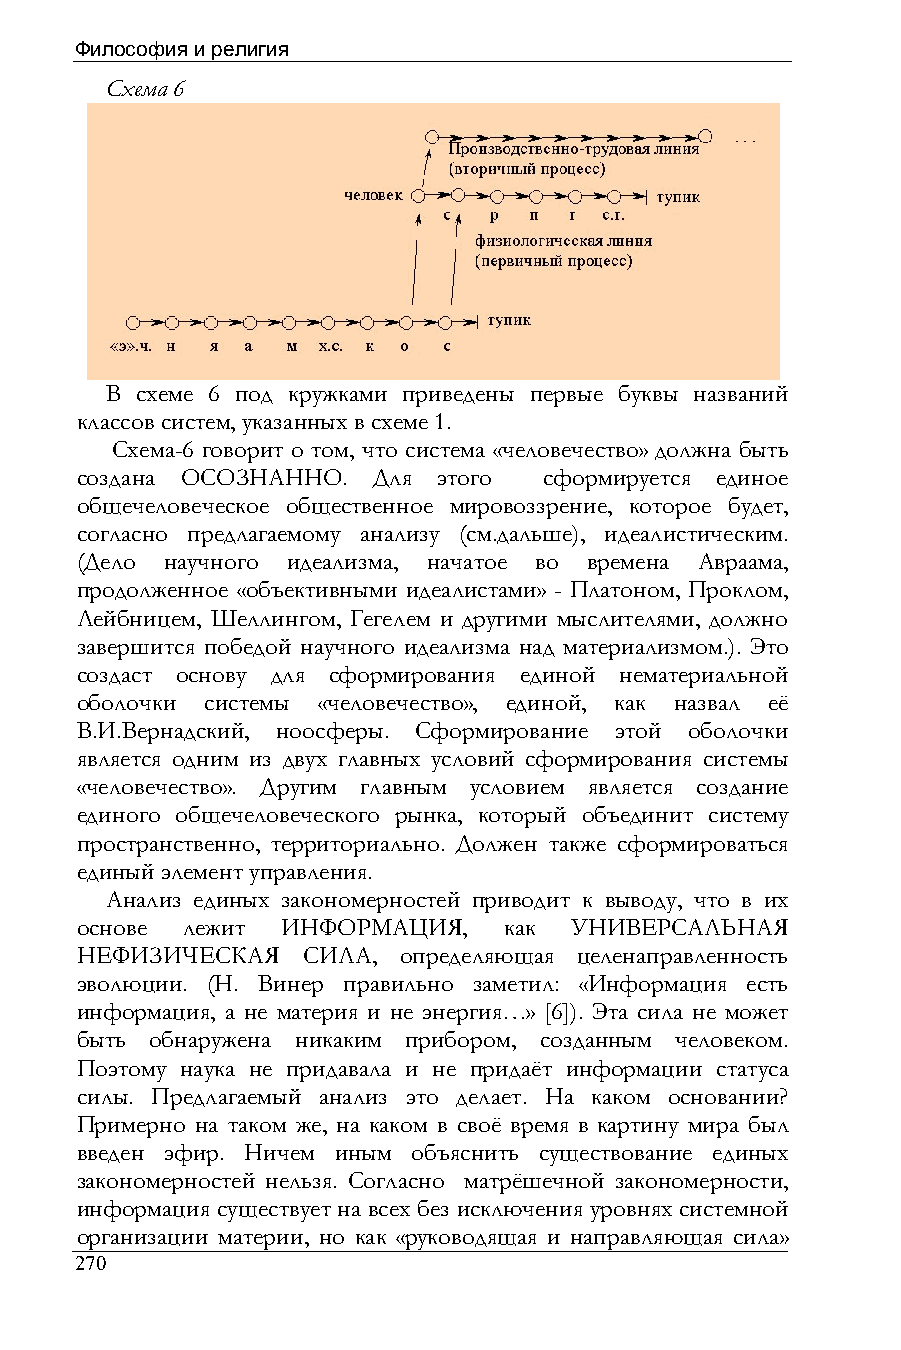
Философия и религия
 Схема 6
 В схеме 6 под кружками приведены первые буквы названий
 классов систем, указанных в схеме 1.
 Схема-6 говорит о том, что система «человечество» должна быть
 создана ОСОЗНАННО.  Для этого  сформируется единое
 общечеловеческое общественное мировоззрение, которое будет,
 согласно предлагаемому анализу (см.дальше), идеалистическим.
 (Дело научного идеализма, начатое во времена Авраама,
 продолженное «объективными идеалистами» - Платоном, Проклом,
 Лейбницем, Шеллингом, Гегелем и другими мыслителями, должно
 завершится победой научного идеализма над материализмом.). Это
 создаст основу для сформирования единой нематериальной
 оболочки системы «человечество», единой, как назвал её
 В.И.Вернадский, ноосферы. Сформирование этой оболочки
 является одним из двух главных условий сформирования системы
 «человечество». Другим главным условием является создание
 единого общечеловеческого рынка, который объединит систему
 пространственно, территориально. Должен также сформироваться
 единый элемент управления.
 Анализ единых закономерностей приводит к выводу, что в их
 основе лежит  ИНФОРМАЦИЯ,   как  УНИВЕРСАЛЬНАЯ
 НЕФИЗИЧЕСКАЯ   СИЛА, определяющая целенаправленность
 эволюции. (Н. Винер правильно заметил: «Информация есть
 информация, а не материя и не энергия…» [6]). Эта сила не может
 быть обнаружена никаким прибором, созданным человеком.
 Поэтому наука не придавала и не придаёт информации статуса
 силы. Предлагаемый анализ это делает. На каком основании?
 Примерно на таком же, на каком в своё время в картину мира был
 введен эфир. Ничем иным объяснить существование единых
 закономерностей нельзя. Согласно матрёшечной закономерности,
 информация существует на всех без исключения уровнях системной
 организации материи, но как «руководящая и направляющая сила»
 270